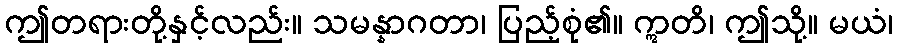
ဤတရားတို့နှင့်လည်း။ သမန္နာဂတာ၊ ပြည့်စုံ၏။ ဣတိ၊ ဤသို့။ မယံ၊